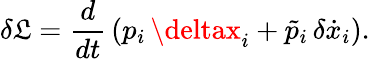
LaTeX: \delta{\cal\mathfrak{L}}=\frac{{d}}{{dt}}\, (p_{i}\, \deltax_{i}+\tilde{{p}}_{i}\, \delta\dot{{x}}_{i}).